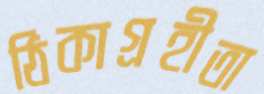
ঠিকাগ্রহীতা